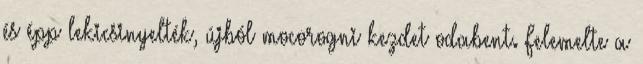
és épp lekicsinyelték, újból mocorogni kezdet odabent. Felemelte a